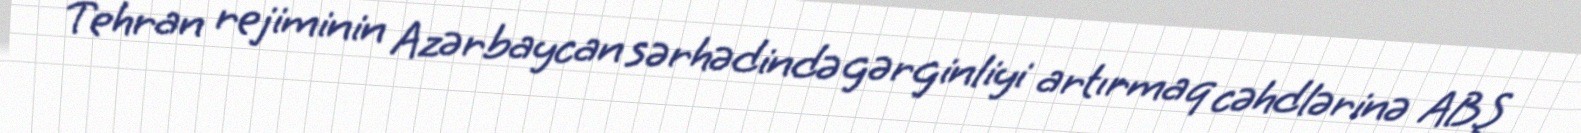
Tehran rejiminin Azərbaycan sərhədində gərginliyi artırmaq cəhdlərinə ABŞ